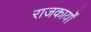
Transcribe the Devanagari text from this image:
राजकार्यों